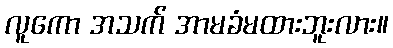
လူကော အသက် အာမခံမထားဘူးလား။